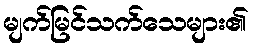
မျက်မြင်သက်သေများ၏